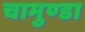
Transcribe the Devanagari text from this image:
चामुण्‍डा